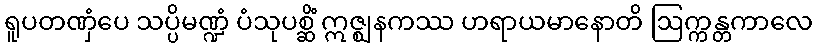
ရူပတဏှံပေ သပ္ပိမဏ္ဍံ ပံသုပစ္ဆိံ ဣဇ္ဈနကဿ ဟရာယမာနောတိ ဩက္ကန္တကာလေ